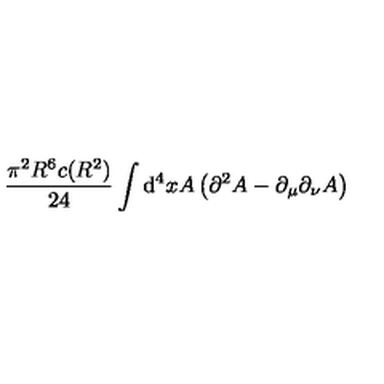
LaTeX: \frac { \pi ^ { 2 } R ^ { 6 } c ( R ^ { 2 } ) } { 2 4 } \int \mathrm { d } ^ { 4 } x A \raisebox { - 4 p t } { \stackrel { \displaystyle { ( x ) } } { \scriptstyle { \mu a } } } \left( \partial ^ { 2 } A \raisebox { - 4 p t } { \stackrel { \displaystyle { ( x ) } } { \scriptstyle { \mu a } } } - \partial _ { \mu } \partial _ { \nu } A \raisebox { - 4 p t } { \stackrel { \displaystyle { ( x ) } } { \scriptstyle { \nu a } } } \right)